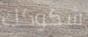
شكوكك